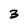
Character: 3